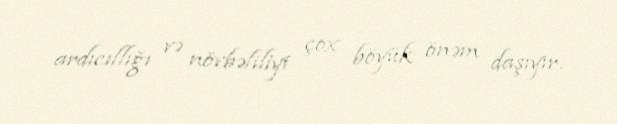
ardıcıllığı və növbəliliyi çox böyük önəm daşıyır.